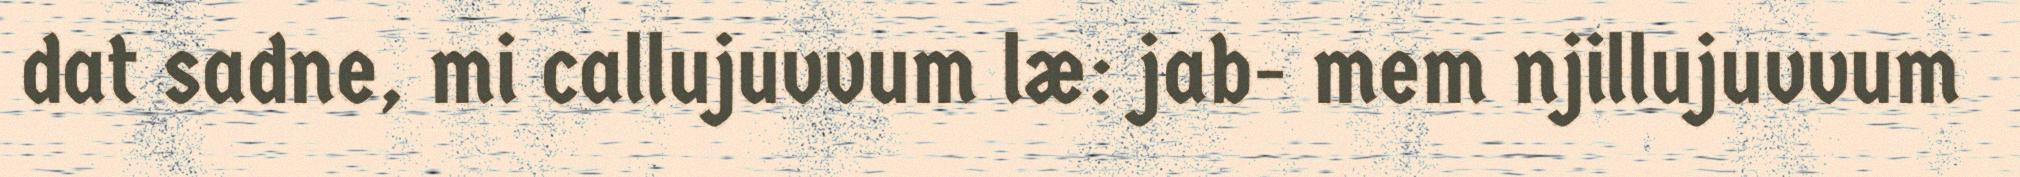
dat sadne, mi callujuvvum læ: jab- mem njillujuvvum